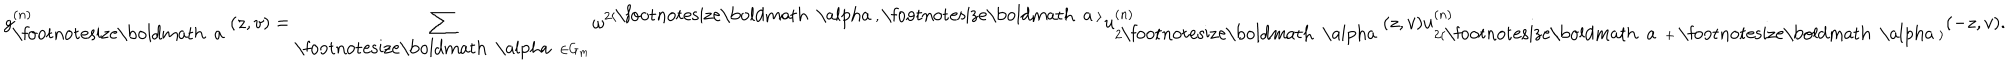
g _ { \mathrm { \footnotesize \boldmath ~ a ~ } } ^ { ( n ) } ( z , v ) = \sum _ { \mathrm { \footnotesize \boldmath ~ \ a l p h a ~ } \in G _ { m } } \omega ^ { 2 \langle \mathrm { \footnotesize \boldmath ~ \ a l p h a ~ } , \mathrm { \footnotesize \boldmath ~ a ~ } \rangle } u _ { 2 \mathrm { \footnotesize \boldmath ~ \ a l p h a ~ } } ^ { ( n ) } ( z , v ) u _ { 2 ( \mathrm { \footnotesize \boldmath ~ a ~ } + \mathrm { \footnotesize \boldmath ~ \ a l p h a ~ } ) } ^ { ( n ) } ( - z , v ) .